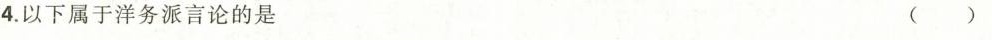
4.以下属于洋务派言论的是 ( )